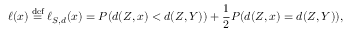
\ell ( x ) \stackrel { \mathrm { d e f } } { = } \ell _ { S , d } ( x ) = P ( d ( Z , x ) < d ( Z , Y ) ) + \frac { 1 } { 2 } P ( d ( Z , x ) = d ( Z , Y ) ) ,